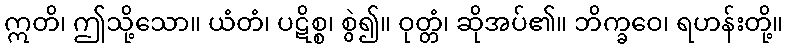
ဣတိ၊ ဤသို့သော။ ယံတံ၊ ပဋိစ္စ၊ စွဲ၍။ ဝုတ္တံ၊ ဆိုအပ်၏။ ဘိက္ခဝေ၊ ရဟန်းတို့။